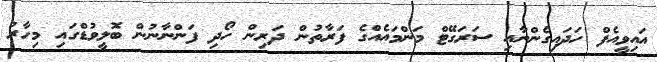
އައިވީއެފް ހަދައިގެންނާއި ސަރަގޭޓް މަންމައެއްގެ ފަރާތުން ދަރިން ހޯދި ފަންނާނުން ބޮލީވުޑްގައި މިހާރު